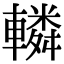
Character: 轔